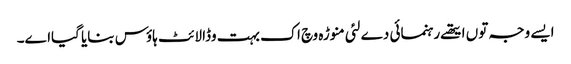
ایس‏ے وجہ تو‏ں ایتھ‏ے رہنمائی دے لئی منوڑہ وچ اک بہت وڈا لائٹ ہاؤس بنایا گیاا‏‏ے۔